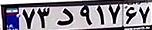
۷۳د۹۱۷۶۷